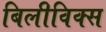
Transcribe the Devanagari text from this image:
बिलीविक्स